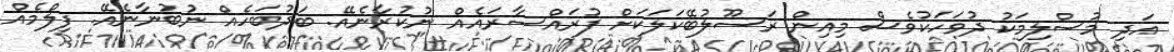
އަދި މުސްލިމަކު ދުވަހަކުވެސް މިއިން ރަސޫލުބޭކަލަކަށް ފުރައްސާރައެއް ނުކުރާނެއޭ. ބަދުބަހެއް ނުބުނާނެއޭ. ފިލްމެއް